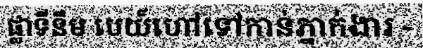
ផ្លាទីនឹម បេយ៍ហៅទៅកាន់ភ្នាក់ងារ -